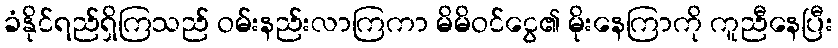
ခံနိုင်ရည်ရှိကြသည် ဝမ်းနည်းလာကြကာ မိမိဝင်ငွေ၏ မိုးနေကြာကို ကူညီနေပြီး